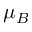
\mu _ { B }